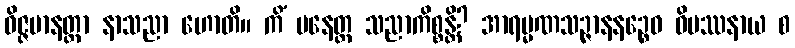
ဝိဇ္ဇမာနတ္တာ နာသညာ ဟောတိ။ ကိံ ပနေတ္ထ သညာကိစ္စန္တိ? အာရမ္မဏသဉ္ဇာနနဉ္စေဝ ဝိပဿနာယ စ